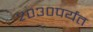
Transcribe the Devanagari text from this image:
२०३०पर्यंत